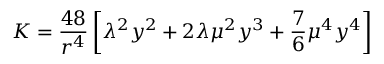
K = \frac { 4 8 } { r ^ { 4 } } \left[ \lambda ^ { 2 } y ^ { 2 } + 2 \lambda \mu ^ { 2 } y ^ { 3 } + \frac { 7 } { 6 } \mu ^ { 4 } y ^ { 4 } \right]